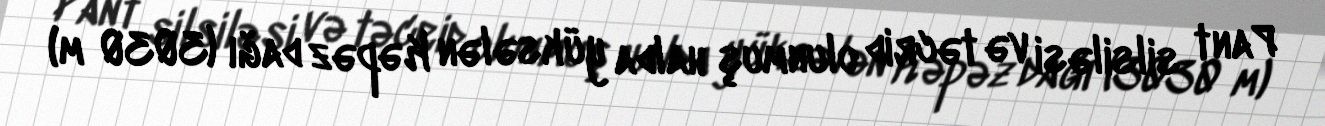
Pant silsiləsi və təcrid olunmuş halda yüksələn Kəpəz dağı (3030 m)